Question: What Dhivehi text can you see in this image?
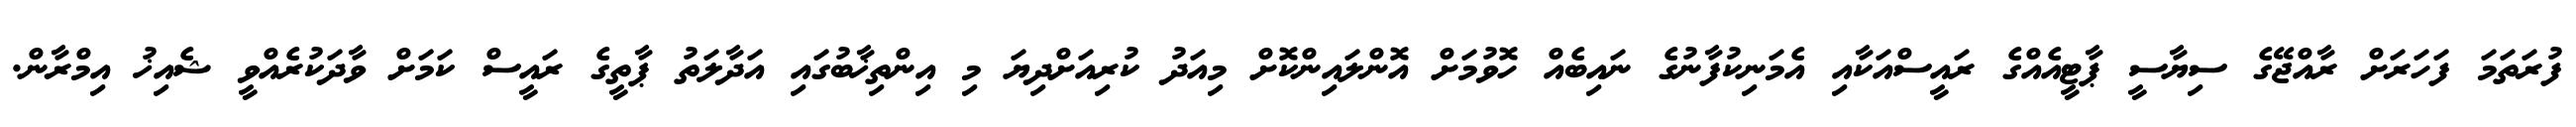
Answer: ފުރަތަމަ ފަހަރަށް ރާއްޖޭގެ ސިޔާސީ ޕާޓީއެއްގެ ރައީސްއަކާއި އެމަނިކުފާނުގެ ނައިބެއް ހޮވުމަށް އޮންލައިންކޮށް މިއަދު ކުރިއަށްދިޔަ މި އިންތިޚާބުގައި އަދާލަތު ޕާތީގެ ރައީސް ކަމަށް ވާދަކުރެއްވީ ޝެއިޚު އިމްރާން.